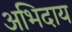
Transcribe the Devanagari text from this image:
अभिदाय